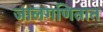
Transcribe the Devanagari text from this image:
जालगणितात